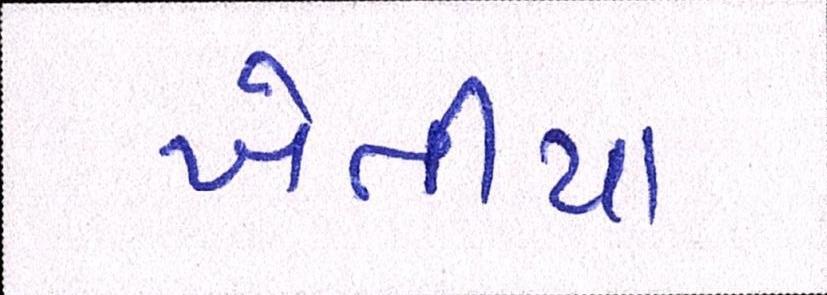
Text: ખેતીયા